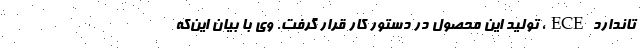
تاندارد ECE، تولید این محصول در دستور کار قرار گرفت. وی با بیان این‌که